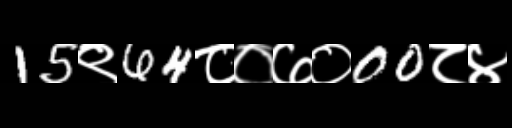
Text: 15९64८०७०00८४